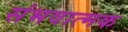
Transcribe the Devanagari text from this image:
संभवात्मक